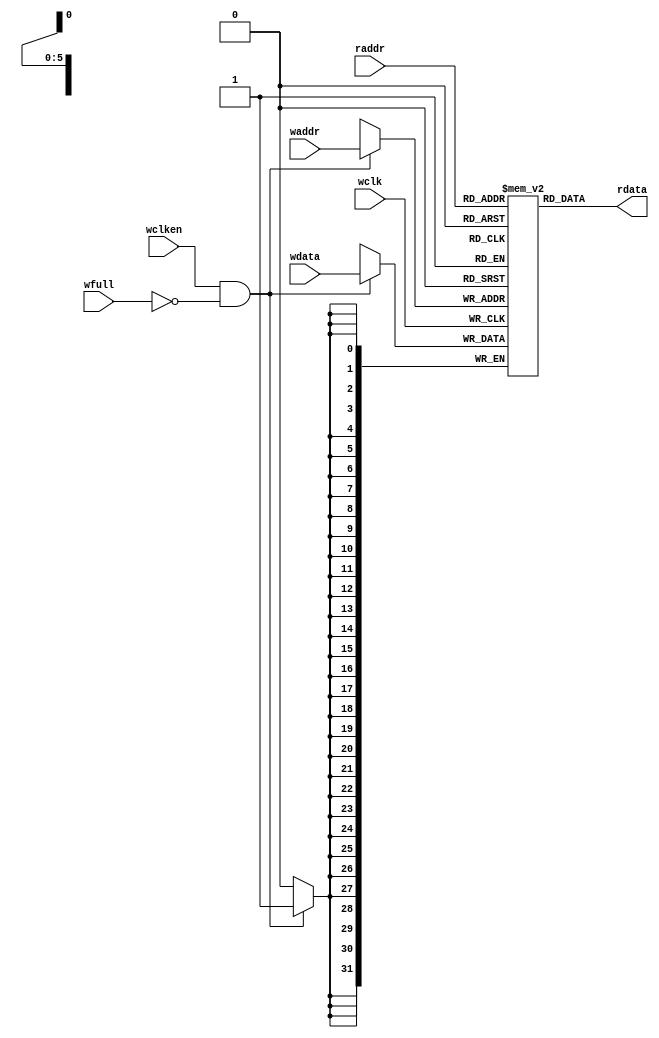
module fifomem  //fifo mem
    #(
    parameter DATA_SIZE = 32,
    parameter ADDR_SIZE = 6
    )
    (
    output [DATA_SIZE-1:0] rdata,
    input [DATA_SIZE-1:0] wdata,
    
    input [ADDR_SIZE-1:0] waddr,
    input [ADDR_SIZE-1:0] raddr,
    
    input wclken,
    input wfull,
    input wclk
    );
    
    localparam DEPTH = 1 << ADDR_SIZE;  //depth = 2 ^ (ADDR_SIZE) = 64, localpara here is to avoid DEPTH changed by other parents entity
    reg [DATA_SIZE-1:0] mem [0:DEPTH-1];    //first parameter is width in mem, second is depth of mem
    assign rdata = mem[raddr];
    
    always @(posedge wclk) begin
        if (wclken && !wfull) begin //when mem is not full and wclken is 1, then output wdata from mem
            mem[waddr] <= wdata;
        end
    end

    
    
endmodule